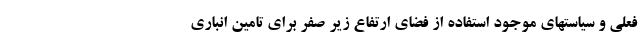
فعلی و سیاستهای موجود استفاده از فضای ارتفاع زیر صفر برای تامین انباری